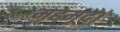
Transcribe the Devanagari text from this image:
महमूद।